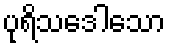
ပုရိသဒေါသော